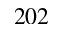
2 0 2